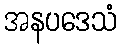
အနပဒေသံ